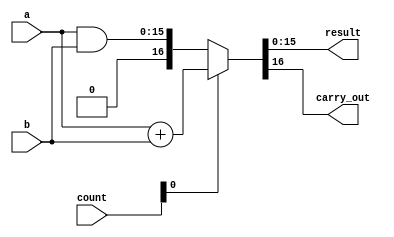
module EvenOdd (count,a,b, result,carry_out);

input [2:0] count;
input [15:0] a,b;
output reg [15:0] result;
output reg carry_out;

always @ (*)
begin
	if(count[0])
	{carry_out,result}=a+b;
	else
	{carry_out,result}=a&b;
	
end
endmodule